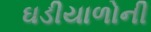
ઘડીયાળોની